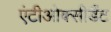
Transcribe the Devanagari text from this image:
एंटीओक्सीडैंट